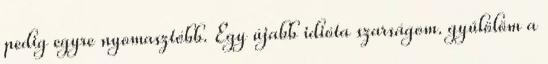
pedig egyre nyomasztóbb. Egy újabb idióta szarságom. gyűlölöm a